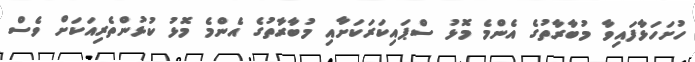
ހުށަހަޅާފައިވާ މުބާރާތުގެ އެންމެ މޮޅު ސްޕައިކަރަކަށާއި މުބާރާތުގެ އެންމެ މޮޅު ކުޅުންތެރިއަކަށް ވެސް